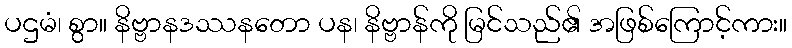
ပဌမံ၊ စွာ။ နိဗ္ဗာနဒဿနတော ပန၊ နိဗ္ဗာန်ကို မြင်သည်၏ အဖြစ်ကြောင့်ကား။